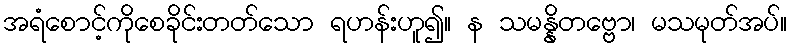
အရံစောင့်ကိုစေခိုင်းတတ်သော ရဟန်းဟူ၍။ န သမန္နိတဗ္ဗော၊ မသမုတ်အပ်။